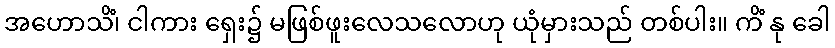
အဟောသိံ၊ ငါကား ရှေး၌ မဖြစ်ဖူးလေသလောဟု ယုံမှားသည် တစ်ပါး။ ကိံ နု ခေါ